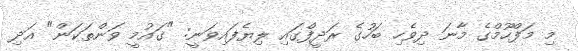
މި މަފްހޫމްގެ މާނަ ދިވެހި ބަހުގެ ރަދީފްގައި ލިޔެފައިވަނީ: "ގައުމީ ވަންތަކަން" އަދި